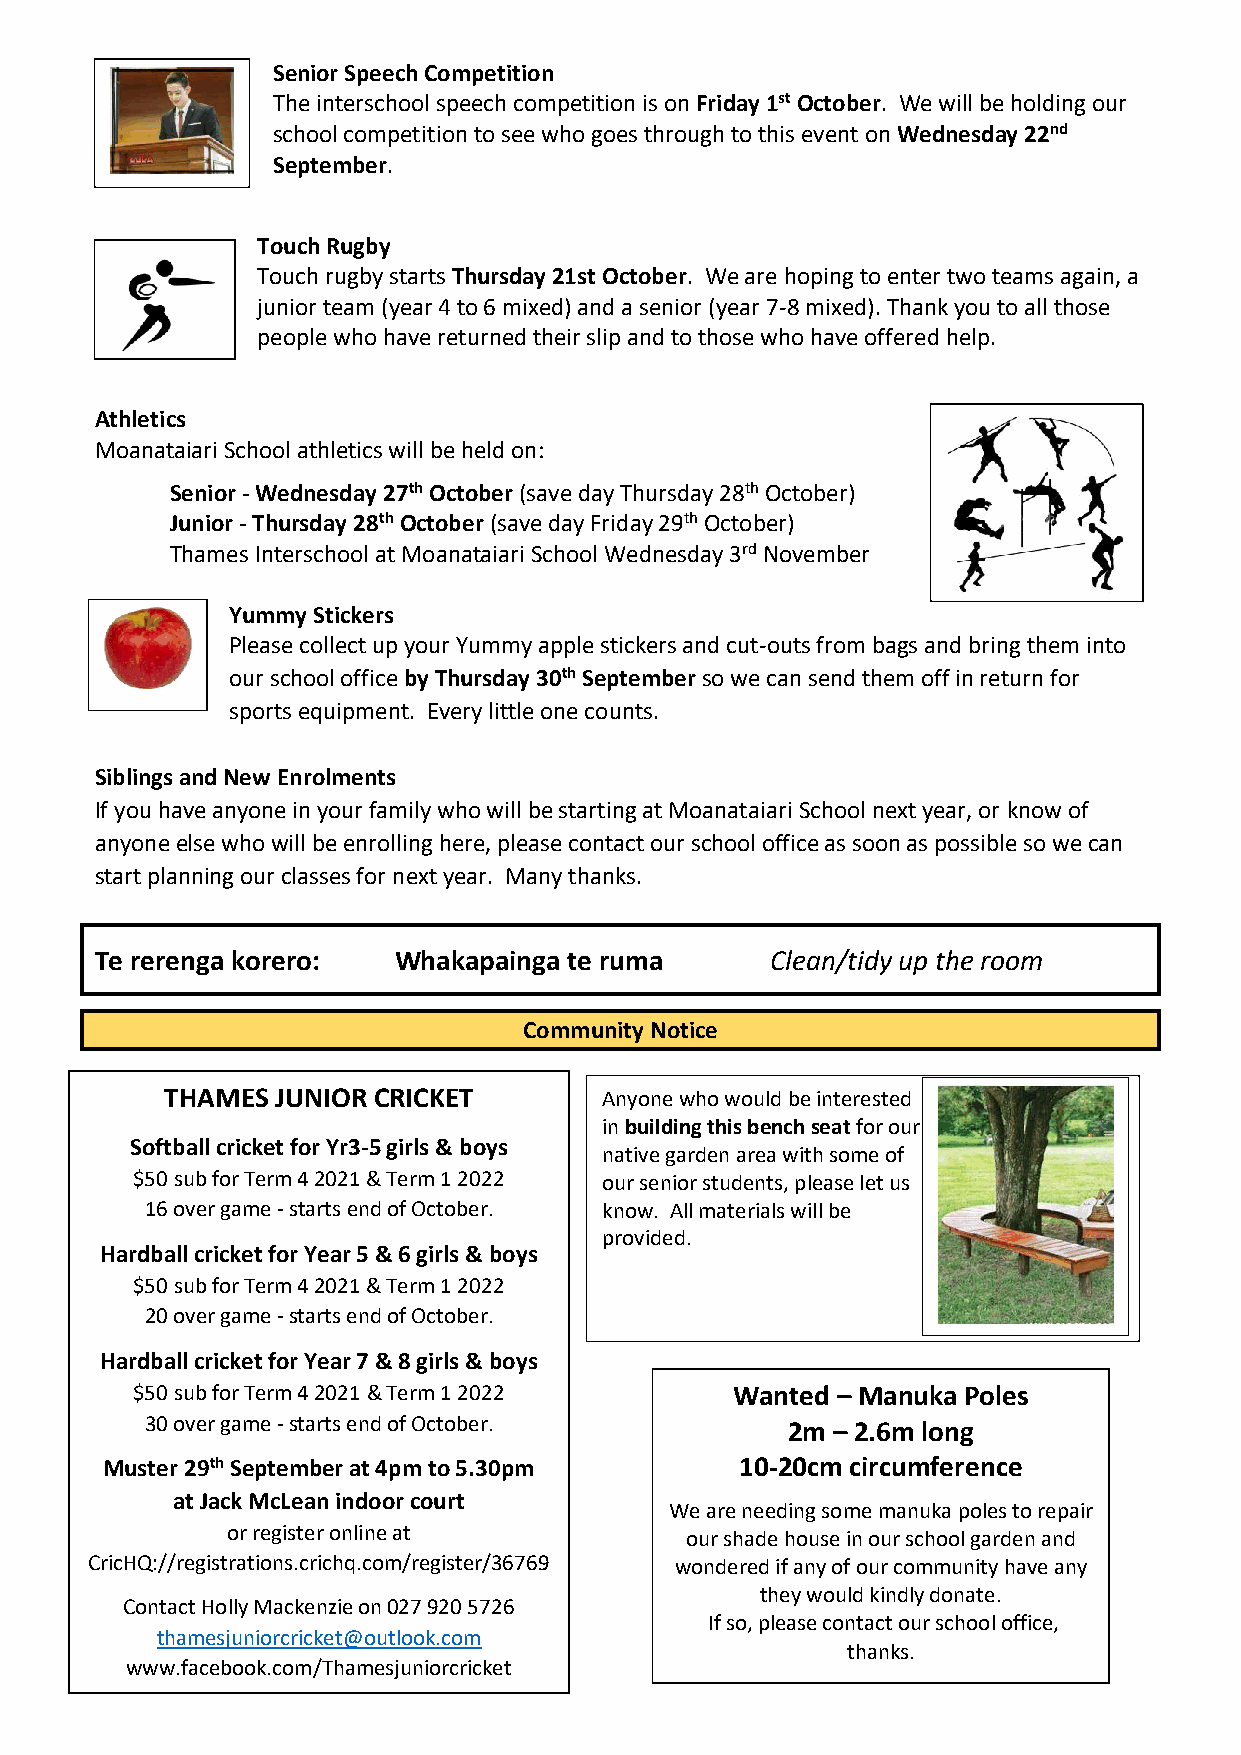
Senior Speech Competition
 The interschool speech competition is on Friday 1st October. We will be holding our
 school competition to see who goes through to this event on Wednesday 22nd
 September.
 Touch Rugby
 Touch rugby starts Thursday 21st October. We are hoping to enter two teams again, a
 junior team (year 4 to 6 mixed) and a senior (year 7-8 mixed). Thank you to all those
 people who have returned their slip and to those who have offered help.
 Athletics
 Moanataiari School athletics will be held on:
 Senior - Wednesday 27th October (save day Thursday 28th October)
 Junior - Thursday 28th October (save day Friday 29th October)
 Thames Interschool at Moanataiari School Wednesday 3rd November
 Yummy Stickers
 Please collect up your Yummy apple stickers and cut-outs from bags and bring them into
 our school office by Thursday 30th September so we can send them off in return for
 sports equipment. Every little one counts.
 Siblings and New Enrolments
 If you have anyone in your family who will be starting at Moanataiari School next year, or know of
 anyone else who will be enrolling here, please contact our school office as soon as possible so we can
 start planning our classes for next year. Many thanks.
 Te rerenga korero:  Whakapainga te ruma      Clean/tidy up the room
 Community Notice
 MoaTnHaAtMaiEaSr Ji UANftIOerR- SCcRhICoKoElT C are Anyone who would be interested
 Bookings can be mad e through our school
 in building this bench seat for our
 Softball cricket for Yr3-5 girls & boys
 native garden area with some of
 office (868 6504) or by contacting Donna
 $50 sub for Term 4 2021 & Term 1 2022 our senior students, please let us
 directly on 027 547 9407.
 16 over game - starts end of October. know. All materials will be
 provided.
 Hardball cricket for Year 5 & 6 girls & boys
 $50 sub for Term 4 2021 & Term 1 2022
 20 over game - starts end of October.
 Hardball cricket for Year 7 & 8 girls & boys
 $50 sub for Term 4 2021 & Term 1 2022   Wanted – Manuka Poles
 30 over game - starts end of October.     2m – 2.6m long
 Muster 29th September at 4pm to 5.30pm    10-20cm circumference
 at Jack McLean indoor court
 We are needing some manuka poles to repair
 or register online at         our shade house in our school garden and
 CricHQ://registrations.crichq.com/register/36769 wondered if any of our community have any
 they would kindly donate.
 Contact Holly Mackenzie on 027 920 5726
 If so, please contact our school office,
 thamesjuniorcricket@outlook.com
 thanks.
 www.facebook.com/Thamesjuniorcricket